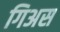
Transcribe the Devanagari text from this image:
गिअस